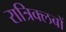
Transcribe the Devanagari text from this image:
रात्रिक्लबों